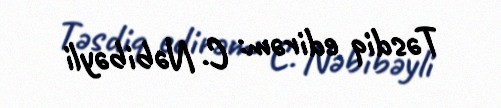
Təsdiq edirəm: C. Nəbibəyli